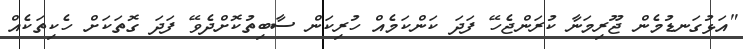
"އަޅުގަނޑުމެން ޖޫރިމަނާ ކުރަންޖެހޭ ފަދަ ކަންކަމެއް ހުރިކަން ސާބިތުކޮށްދެވޭ ފަދަ ގޮތަކަށް ހެކިތަކެއް